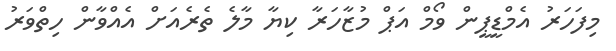
މިފަހަރު އެމްޑީޕީން ވޯމް އަޕް މުޒާހަރާ ކިޔާ މާލެ ތެރެއަށް އެއްވާން ހިތްވަރު